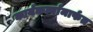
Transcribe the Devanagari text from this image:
कार्यंकर्त्यांमार्फत